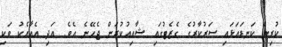
ކުރިން ކަނޑައަޅައި ސަރުކާރުގެ ގެޒެޓުގައި ޝާއިއުކުރަން ޖެހޭނެ އެވެ. އަދި އެއާއެކު ވަކި